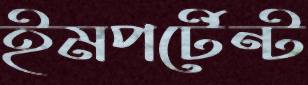
ইমপর্টেন্ট